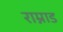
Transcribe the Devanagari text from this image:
राम्नाड